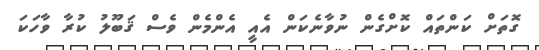
ގޮތަށް ކަަންތައް ކޮށްގެން ނުވާނެކަން އެއީ އެންމެން ވެސް ޤަބޫލު ކުރާ ވާހަކަ